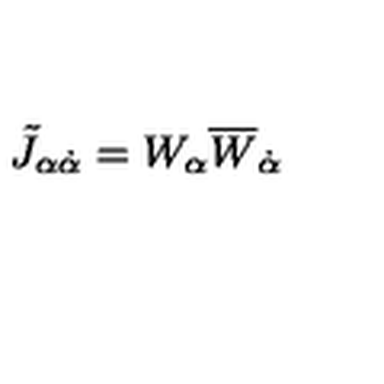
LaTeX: \tilde { J } _ { \alpha \dot { \alpha } } = W _ { \alpha } \overline { { W } } _ { \dot { \alpha } }